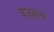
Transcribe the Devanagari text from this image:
पज्ज़ल्स